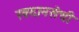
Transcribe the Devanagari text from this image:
रबदानसेची